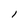
Character: l